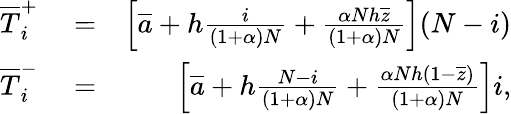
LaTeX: \begin{array}{rlr}{\overline{T}_{i}^{+}}&{{}=}&{\left[\overline{a}+h\frac{i}{(1+\alpha)N}+\frac{\alpha Nh\overline{{z}}}{(1+\alpha)N}\right](N-i)}\\ {\overline{T}_{i}^{-}}&{{}=}&{\left[\overline{a}+h\frac{N-i}{(1+\alpha)N}+\frac{\alpha Nh(1-\overline{{z}})}{(1+\alpha)N}\right]i,}\end{array}